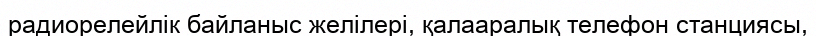
радиорелейлік байланыс желілері, қалааралық телефон станциясы,